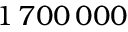
1 \, 7 0 0 \, 0 0 0